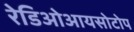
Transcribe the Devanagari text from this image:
रेडिओआयसोटोप